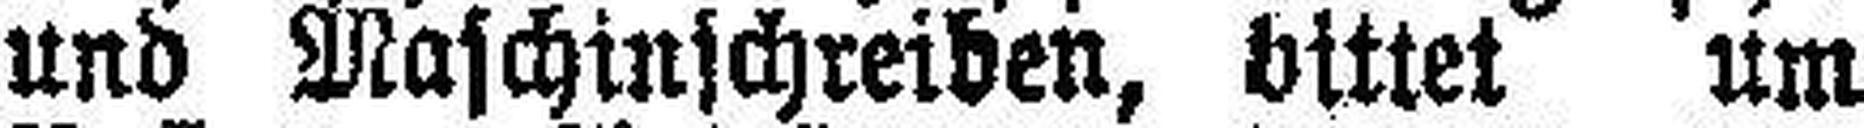
und Maschinschreiben, bittet um